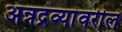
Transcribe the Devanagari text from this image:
अन्नद्रव्यांवरील